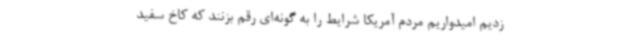
زدیم امیدواریم مردم آمریکا شرایط را به گونه‌ای رقم بزنند که کاخ سفید